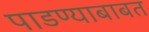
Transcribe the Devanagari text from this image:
पाडण्याबाबत